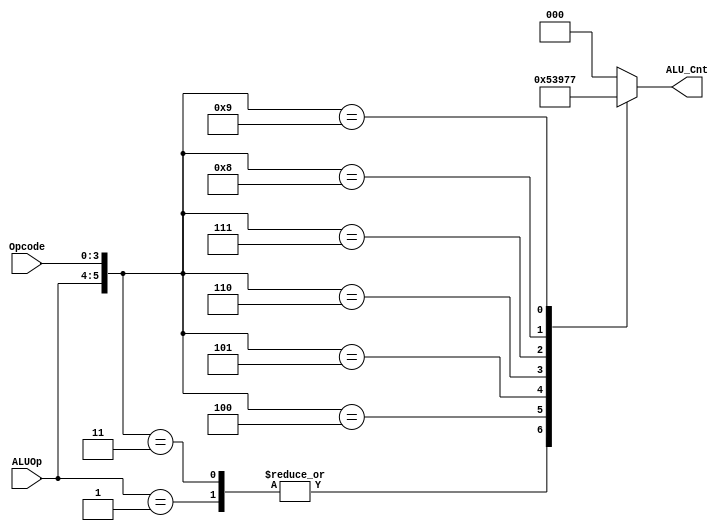
`timescale 1ns / 1ps
//////////////////////////////////////////////////////////////////////////////////
// Company: 
// Engineer: 
// 
// Design Name: 
// Module Name: alu_control
// Project Name: 
// Target Devices: 
// Tool Versions: 
// Description: 
// 
// Dependencies: 
// 
// Revision:
// Revision 0.01 - File Created
// Additional Comments:
// 
//////////////////////////////////////////////////////////////////////////////////


module alu_control(
    input [3:0] Opcode,
    input [1:0] ALUOp,
    output reg [2:0] ALU_Cnt
    );
    
    wire [5:0] ALUControlIn;
    //wire ALUControlInput
    assign ALUControlIn = {ALUOp, Opcode};
    
    //check alucontrol input and assign 3 bit control accordingly
    always @ (ALUControlIn) begin
        casex (ALUControlIn)
            6'b10xxxx: ALU_Cnt=3'b000;
            6'b01xxxx: ALU_Cnt=3'b001;
            6'b000010: ALU_Cnt=3'b000;
            6'b000011: ALU_Cnt=3'b001;
            6'b000100: ALU_Cnt=3'b010;
            6'b000101: ALU_Cnt=3'b011;
            6'b000110: ALU_Cnt=3'b100;
            6'b000111: ALU_Cnt=3'b101;
            6'b001000: ALU_Cnt=3'b110;
            6'b001001: ALU_Cnt=3'b111;
            //add :  by default
            default: ALU_Cnt=3'b000;
        endcase
    end
    
endmodule